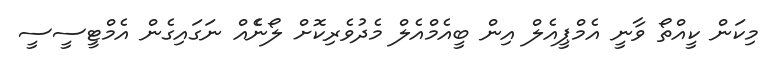
މިކަން ކީއްތޯ ވާނީ އެމްޕީއެލް އިން ބީއެމްއެލް މެދުވެރިކޮށް ލޯނެެއް ނަގައިގެން އެމްޓީސީސީ